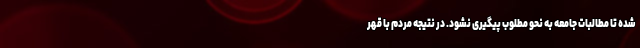
شده تا مطالبات جامعه به نحو مطلوب پیگیری نشود. در نتیجه مردم با قهر